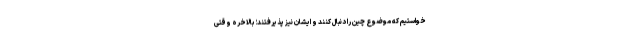
خواستیم که موضوع چین را دنبال کنند و ایشان نیز پذیرفتند؛ بالاخره وقتی